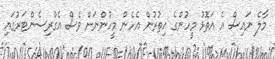
މާލެ ނައިސް އެ އަތޮޅު މީހުންގެ އިތުރުން އެހެން މީހުންނަށް ވެސް އެގްރިސެންޓަރުގައި